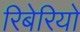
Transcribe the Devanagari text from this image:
रिबेरियो